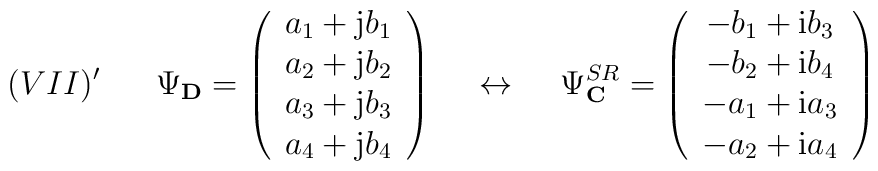
(VII)' \hspace{7mm} \Psi_{\bf D} =\left(\begin{array}{c}a_1 +{\rm j}b_1  \\a_2 +{\rm j}b_2  \\a_3 +{\rm j}b_3 \\a_4 +{\rm j}b_4\end{array}\right) \hspace{5mm} \leftrightarrow \hspace{5mm}\Psi^{SR}_{\bf C} =\left(\begin{array}{c}-b_1+{\rm i}b_3 \\-b_2+{\rm i}b_4 \\-a_1+{\rm i}a_3 \\-a_2+{\rm i}a_4\end{array}\right)